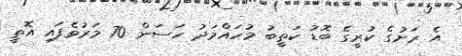
އެ ރަށުގެ ކުރީގެ ބޮޑު ކަތީބު މުހައްމަދު ހަސަން 70 މަރުވެފައި އޮތީ